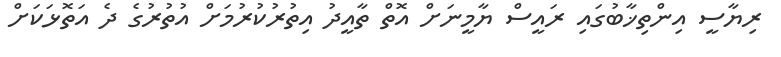
ރިޔާސީ އިންތިޚާބުގައި ރައީސް ޔާމީނަށް އޮތް ތާއީދު އިތުރުކުރުމަށް އުތުރުގެ ދެ އަތޮޅަކަށް